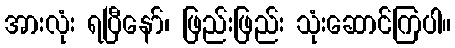
အားလုံး ရပြီနော်၊ ဖြည်းဖြည်း သုံးဆောင်ကြပါ။